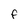
Character: F